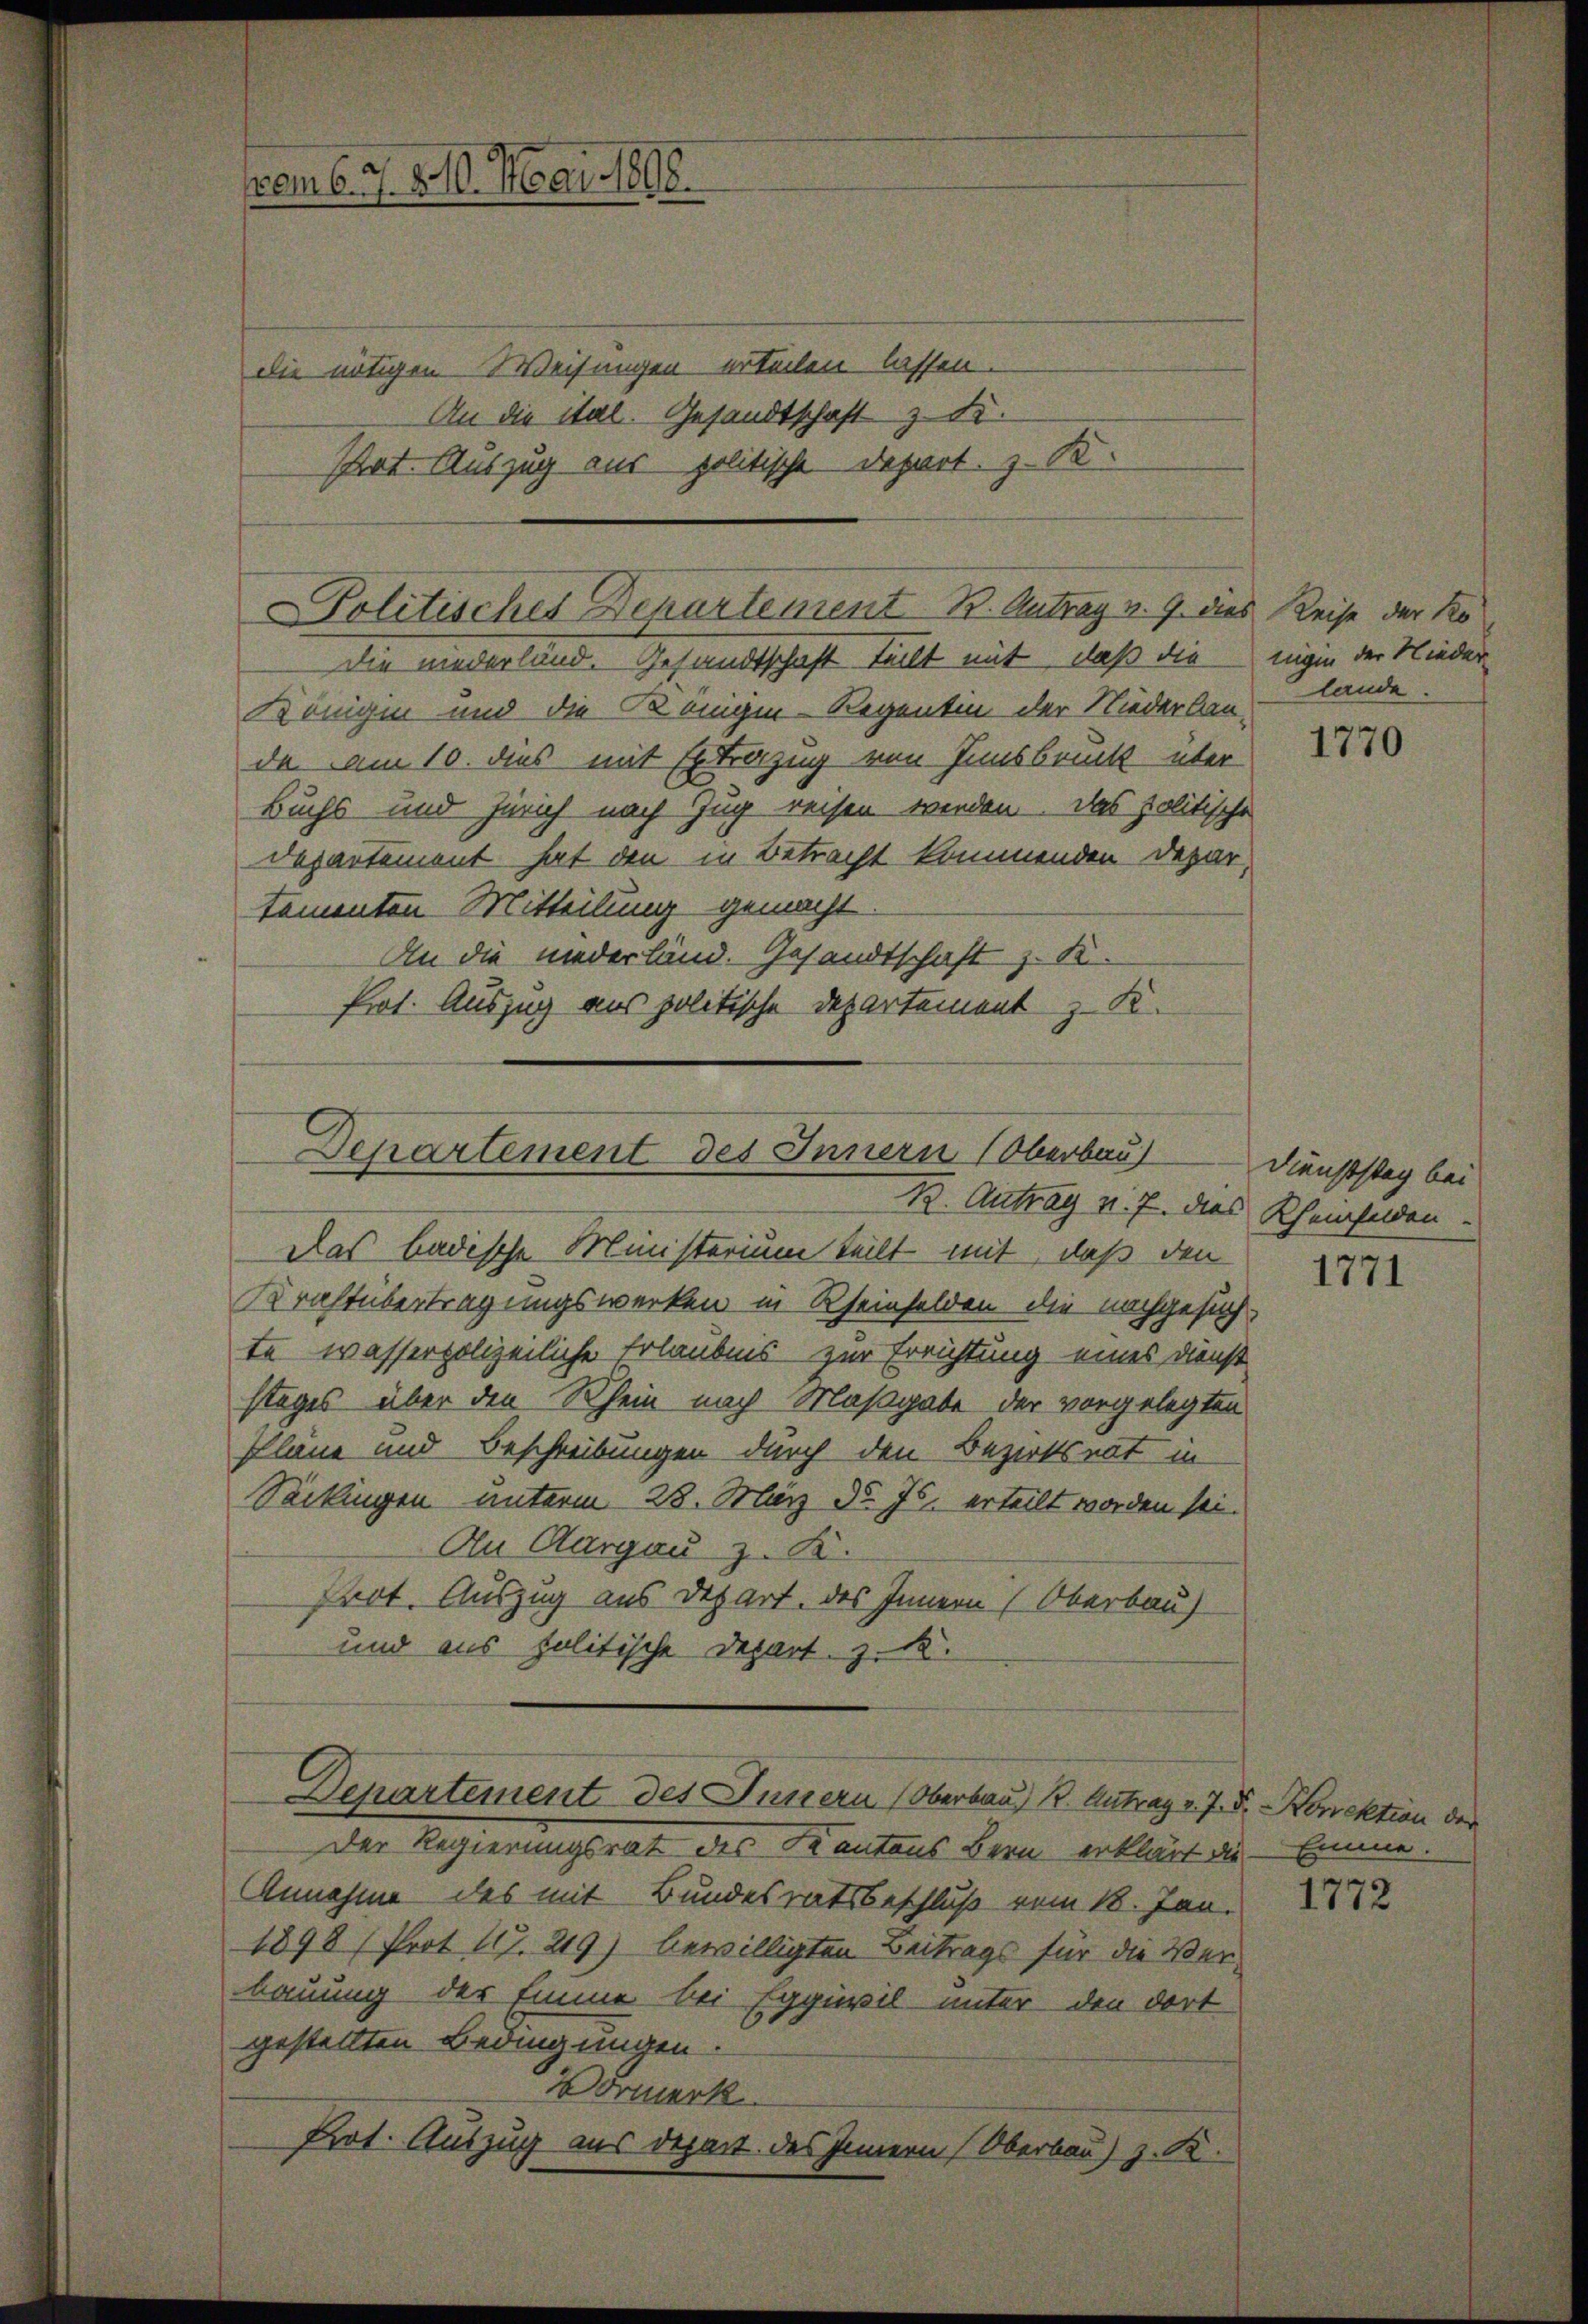
vom 6. J. 820. Mai 1898.

die nötigen Weisungen erteilen lassen.
An die ital. Gesandtschaft z. d.
Pat. Auszug aus politische Depart. z. B.

Königen und die Kreigen-Regentin der Niederlan-
da am 10. dies mit Extrazug von Innsbruck über
Buchs und Zürich nach Zug reisen werden. Das politische
Departement hat den in Betracht kommenden Depar-
tementen Mitteilung gemacht.
An die niederländ. Gesandtschaft z. K.
Prot. Auszug aus politische Departement z. K.
Das badische Ministerium teilt mit, daß den
Krachtübertragungswerken in Rheinfelden die nachgesuch-
te wasserpolizeiliche Erlaubnis zur Errichtung eines Dienst
stages über den Rhein nach Maßgabe der vorgelegten
Plane und Beschreibungen durch den Bezirksrat in
Seckingen unterm 28. März d. Js. erteilt worden sei.
An Aargau z. K.
Prot. Auszug aus Depart. des Innern (Oberbau
und aus politische Depart. z. B.
Departement des Innern (Oberbau, B. Antrag v. J. J. Korrektion der
Der Regierungsrat des Kantons Bern erklärt die Emme.
Annahme des mit Bundesratsbeschluß vom 18. Jan.
1898 (Prot. 117. 219) bewilligten Beitrags für die Verbauung der Eine bei Eggiwil unter den dort
gestellten Bedingungen.
Vormerk
Prot. Auszug aus depart des Innern (Oberbau) z. K.

Politisches Departement B. Antrag v. 9. dies Reise der Ko
Die niederland. Gesandtschaft teilt mit, daß die mein der Nieder-

Departement des Innern (Oberbaut
1. Antrag v. J. dies Rheinfelden.

lande

1770

Dienststag bei

1771

1772